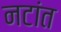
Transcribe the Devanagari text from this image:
नटांत